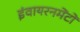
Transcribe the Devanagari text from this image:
इंवायरनमेंटों